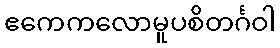
ဧကေကလောမူပစိတင်္ဂဝါ